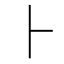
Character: ⺊